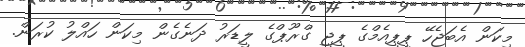
މިކަން އެބަޖެހޭ ޕީޕީއެމްގެ ޕީޖީ ގްރޫޕްގެ ލީޑަރު ދަނެގެން މިކަން ހައްލު ކުރަން.